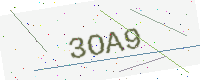
Text: 3OA9